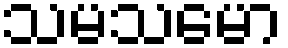
သမသမော